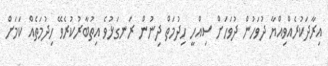
އިރާދަކުރެއްވިއްޔާ ދުވަހުން ދުވަހަށް ސިއްހީ ހިދުމަތް ދިނުން ރަނގަޅުވެ އިތުބާރުކުރެވޭ ހިދުމަތެއް ކަމަށް